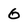
Character: 6